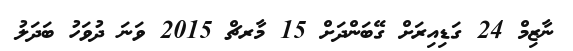
ނާޒިމް 24 ގަޑިއިރަށް ގޭބަންދަށް 15 މާރޗް 2015 ވަނަ ދުވަހު ބަދަލު